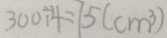
3 0 0 \div 4 = 7 5 ( c m ^ { 3 } )